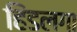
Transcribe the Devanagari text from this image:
हिंडलगा